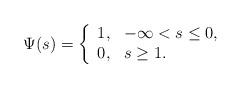
LaTeX: \begin{align*}\Psi(s)=\left\{\begin{array}{l}1,\,\,\,\,-\infty< s\leq0,\\0,\,\,\,\,s\geq1.\end{array}\right.\end{align*}